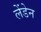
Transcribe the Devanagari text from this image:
लेंडेन